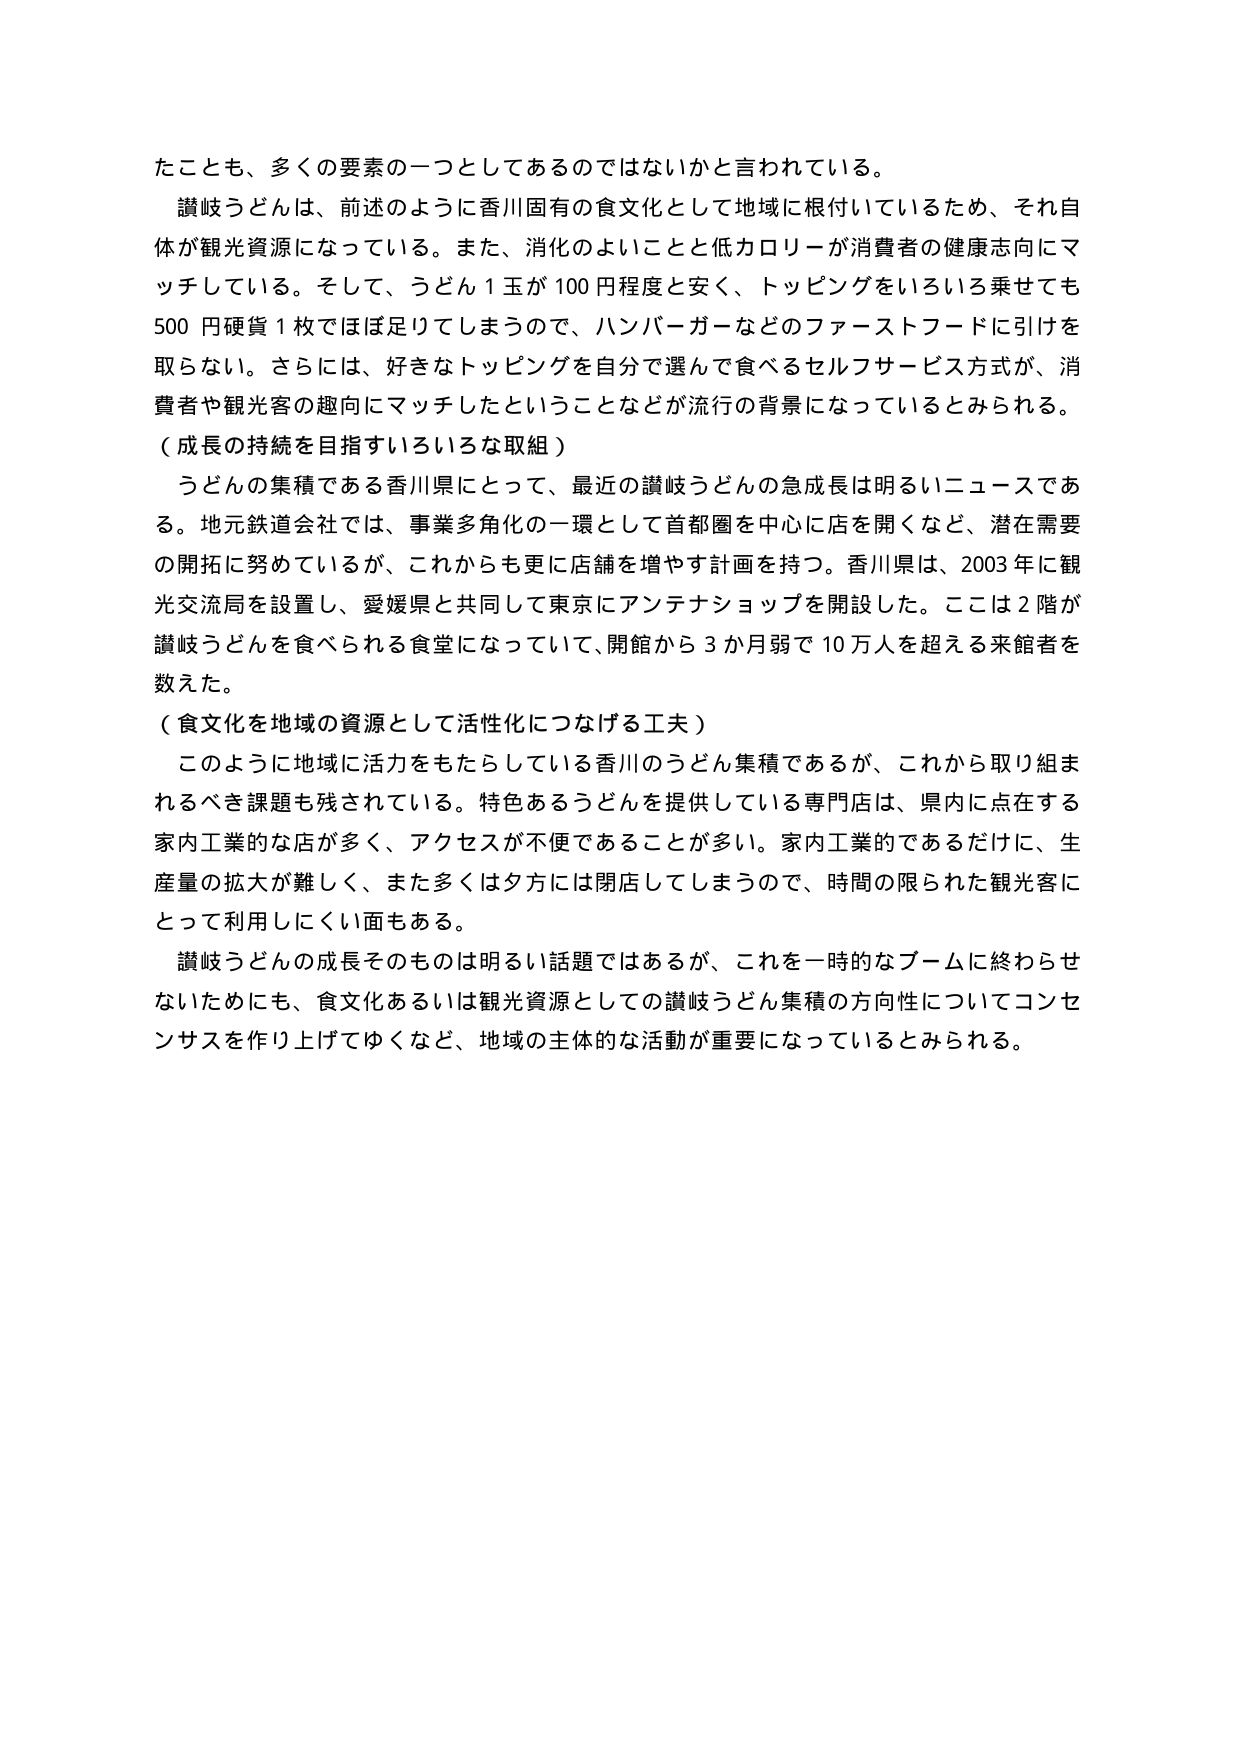
たことも、多くの要素の一つとしてあるのではないかと言われている。

讃岐うどんは、前述のように香川固有の食文化として地域に根付いているため、それ自体が観光資源になっている。また、消化のよいことと低カロリーが消費者の健康志向にマッチしている。そして、うどん1玉が100円程度と安く、トッピングをいろいろ乗せても500円硬貨1枚でほぼ足りてしまうので、ハンバーガーなどのファーストフードに引けを取らない。さらには、好きなトッピングを自分で選んで食べるセルフサービス方式が、消費者や観光客の趣向にマッチしたということなどが流行の背景になっているとみられる。

（成長の持続を目指すいろいろな取組）

うどんの集積である香川県にとって、最近の讃岐うどんの急成長は明るいニュースである。地元鉄道会社では、事業多角化の一環として首都圏を中心に店を開くなど、潜在需要の開拓に努めているが、これからも更に店舗を増やす計画を持つ。香川県は、2003年に観光交流局を設置し、愛媛県と共同して東京にアンテナショップを開設した。ここは2階が讃岐うどんを食べられる食堂になっていて、開館から3か月弱で10万人を超える来館者を数えた。

（食文化を地域の資源として活性化につなげる工夫）

このように地域に活力をもたらしている香川のうどん集積であるが、これから取り組まれるべき課題も残されている。特色あるうどんを提供している専門店は、県内に点在する家内工業的な店が多く、アクセスが不便であることが多い。家内工業的であるだけに、生産量の拡大が難しく、また多くは夕方には閉店してしまうので、時間の限られた観光客にとって利用しにくい面もある。

讃岐うどんの成長そのものは明るい話題ではあるが、これを一時的なブームに終わらせないためにも、食文化あるいは観光資源としての讃岐うどん集積の方向性についてコンセンサスを作り上げてゆくなど、地域の主体的な活動が重要になっているとみられる。